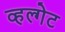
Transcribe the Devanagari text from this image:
व्हल्गेट